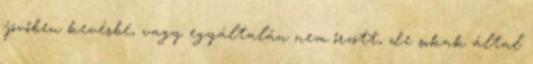
jövőben kevésbé, vagy egyáltalán nem őrzött, de sokak által